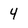
Character: 4